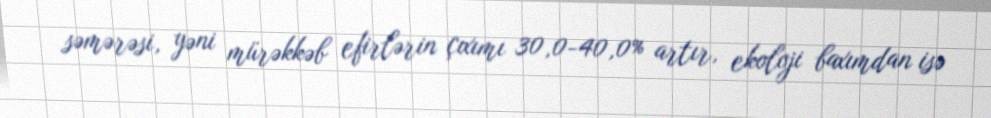
səmərəsi, yəni mürəkkəb efirlərin çıxımı 30,0-40,0% artır, ekoloji baxımdan isə